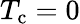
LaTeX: T_{\mathrm{c}}=0